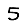
Digit: 5